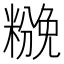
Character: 𰫌